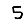
Digit: 5